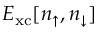
E _ { \mathrm { x c } } [ n _ { \uparrow } , n _ { \downarrow } ]